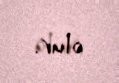
olur.